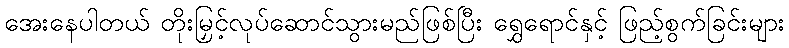
အေးနေပါတယ် တိုးမြှင့်လုပ်ဆောင်သွားမည်ဖြစ်ပြီး ရွှေရောင်နှင့် ဖြည့်စွက်ခြင်းများ